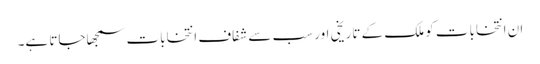
ان انتخابات کو ملک کے تاریخی اور سب سے شفاف انتخابات سمجھاجاتا ہے۔